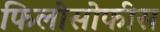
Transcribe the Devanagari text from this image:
फिलोसोफीस